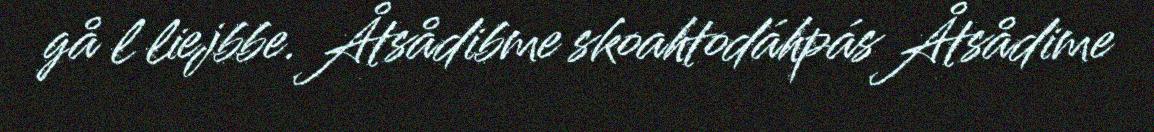
gå l liejbbe. Åtsådibme skoahtodáhpás Åtsådime